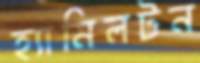
হ্যামিলটন